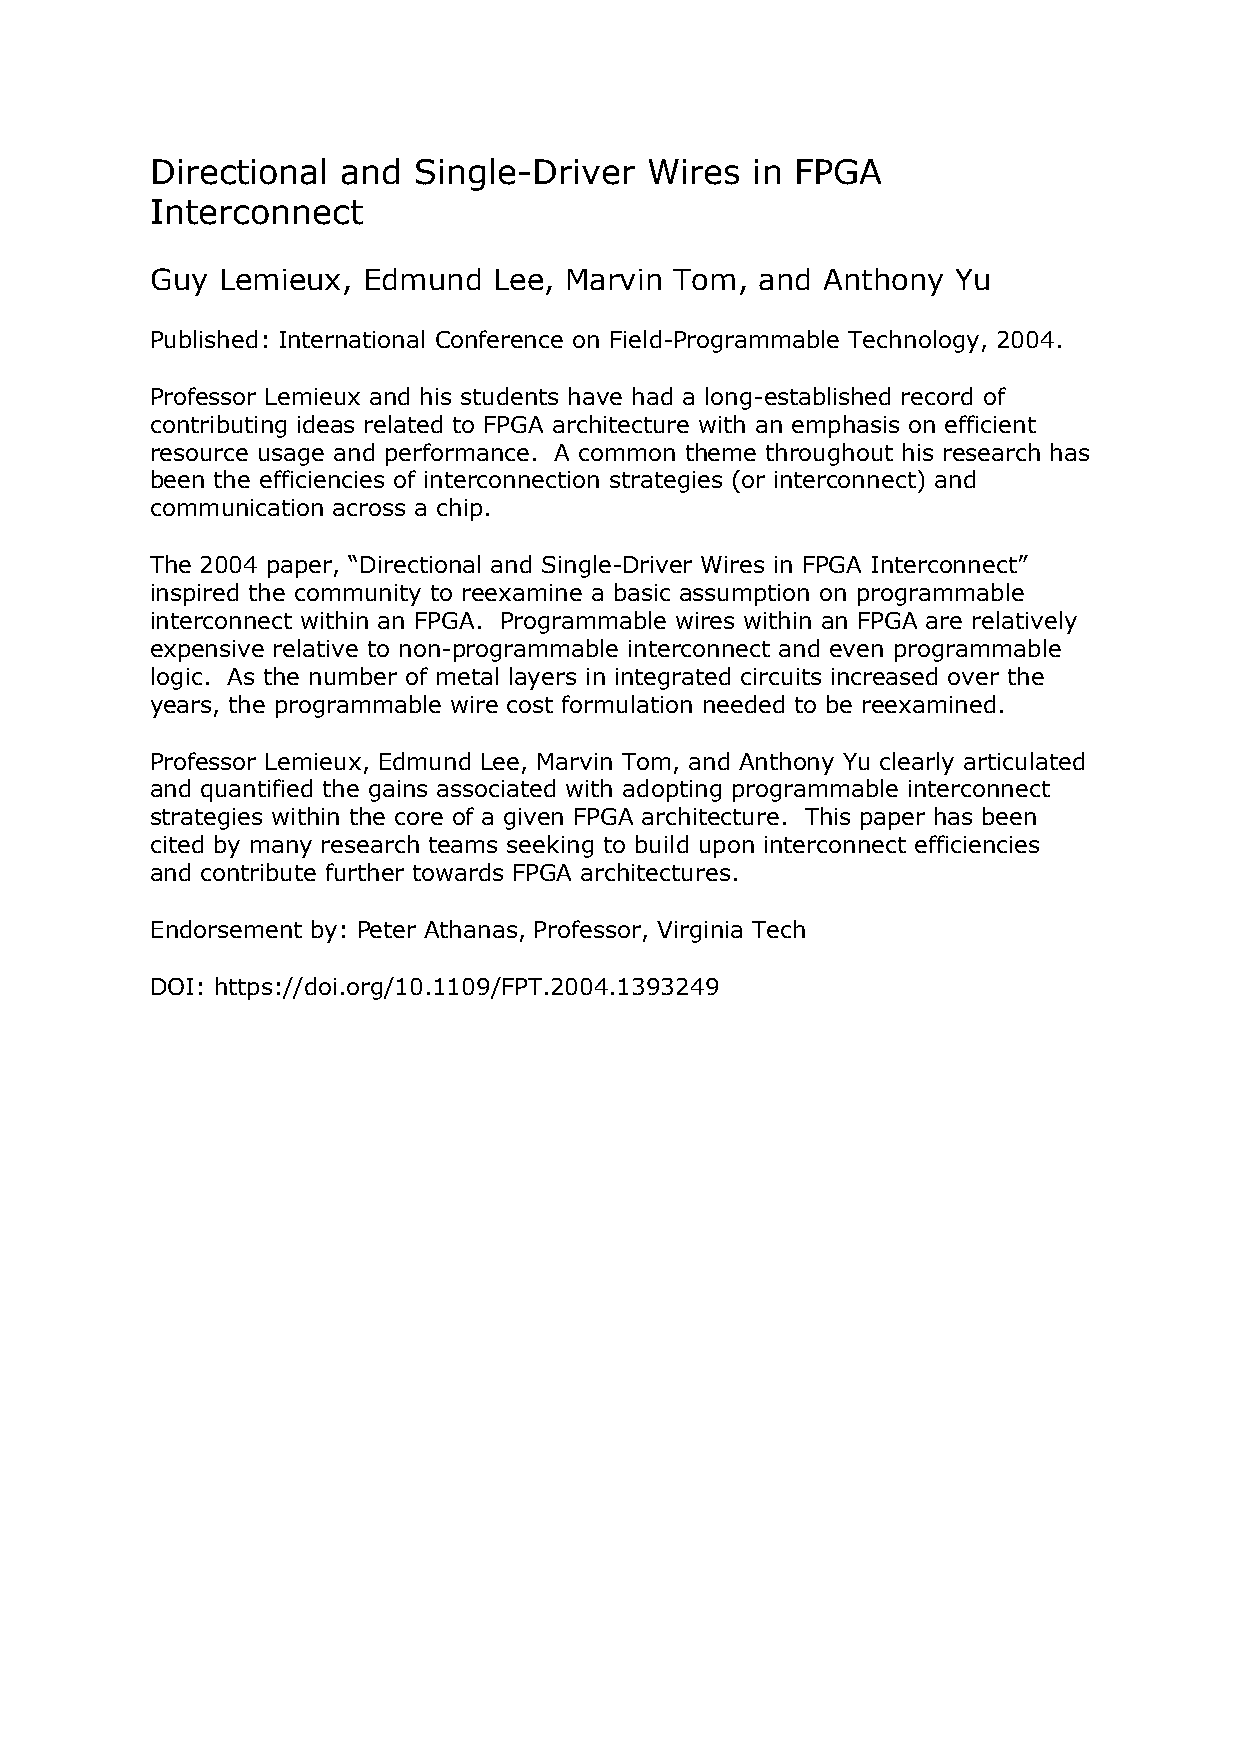
Directional  and Single-Driver   Wires  in FPGA
 Interconnect
 Guy Lemieux,  Edmund   Lee, Marvin Tom, and Anthony  Yu
 Published: International Conference on Field-Programmable Technology, 2004.
 Professor Lemieux and his students have had a long-established record of
 contributing ideas related to FPGA architecture with an emphasis on efficient
 resource usage and performance. A common theme throughout his research has
 been the efficiencies of interconnection strategies (or interconnect) and
 communication across a chip.
 The 2004 paper, “Directional and Single-Driver Wires in FPGA Interconnect”
 inspired the community to reexamine a basic assumption on programmable
 interconnect within an FPGA. Programmable wires within an FPGA are relatively
 expensive relative to non-programmable interconnect and even programmable
 logic. As the number of metal layers in integrated circuits increased over the
 years, the programmable wire cost formulation needed to be reexamined.
 Professor Lemieux, Edmund Lee, Marvin Tom, and Anthony Yu clearly articulated
 and quantified the gains associated with adopting programmable interconnect
 strategies within the core of a given FPGA architecture. This paper has been
 cited by many research teams seeking to build upon interconnect efficiencies
 and contribute further towards FPGA architectures.
 Endorsement by: Peter Athanas, Professor, Virginia Tech
 DOI: https://doi.org/10.1109/FPT.2004.1393249